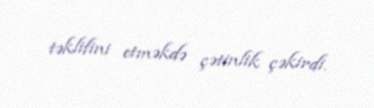
təklifini etməkdə çətinlik çəkirdi.